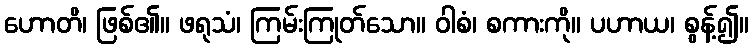
ဟောတိ၊ ဖြစ်၏။ ဖရုသံ၊ ကြမ်းကြုတ်သော။ ဝါစံ၊ စကားကို။ ပဟာယ၊ စွန့်၍။